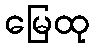
မြေထု